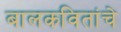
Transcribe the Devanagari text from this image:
बालकवितांचे